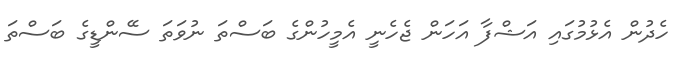
ހެދުން އެޅުމުގައި އަޝްފާ އަހަން ޖެހެނީ އެމީހުންގެ ބަސްތަ ނުވަތަ ސޭންޑީގެ ބަސްތަ